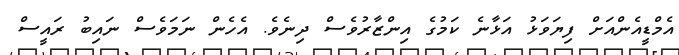
އެމްޑީއެންއަށް ފިޔަވަޅު އަޅާނެ ކަމުގެ އިންޒާރުވެސް ދިނެވެ. އެހެން ނަމަވެސް ނައިބު ރައީސް